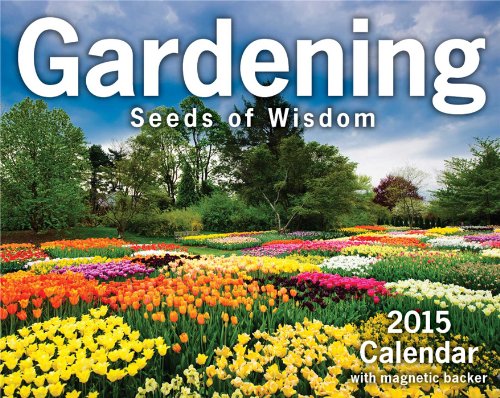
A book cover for Gardening 2015 Mini Day-to-Day Calendar; Andrews McMeel Publishing LLC; Calendars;